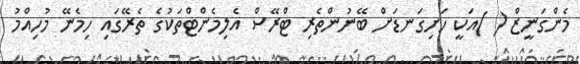
މެންގަނީޒް ( )އަކީ ހަށިގަނޑަށް ބޭނުންތެރި ޓްރޭސް އެލިމެންޓްތަކުގެ ތެރޭގައި ހިމެނޭ މުހިއްމު